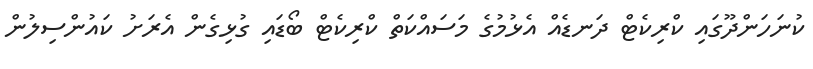
ކުނަހަންދޫގައި ކްރިކެޓް ދަނޑެއް އެޅުމުގެ މަސައްކަތް ކްރިކެޓް ބޯޑައި ގުޅިގެން އެރަށު ކައުންސިލުން